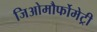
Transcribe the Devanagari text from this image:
जिओमौर्फोमेट्री